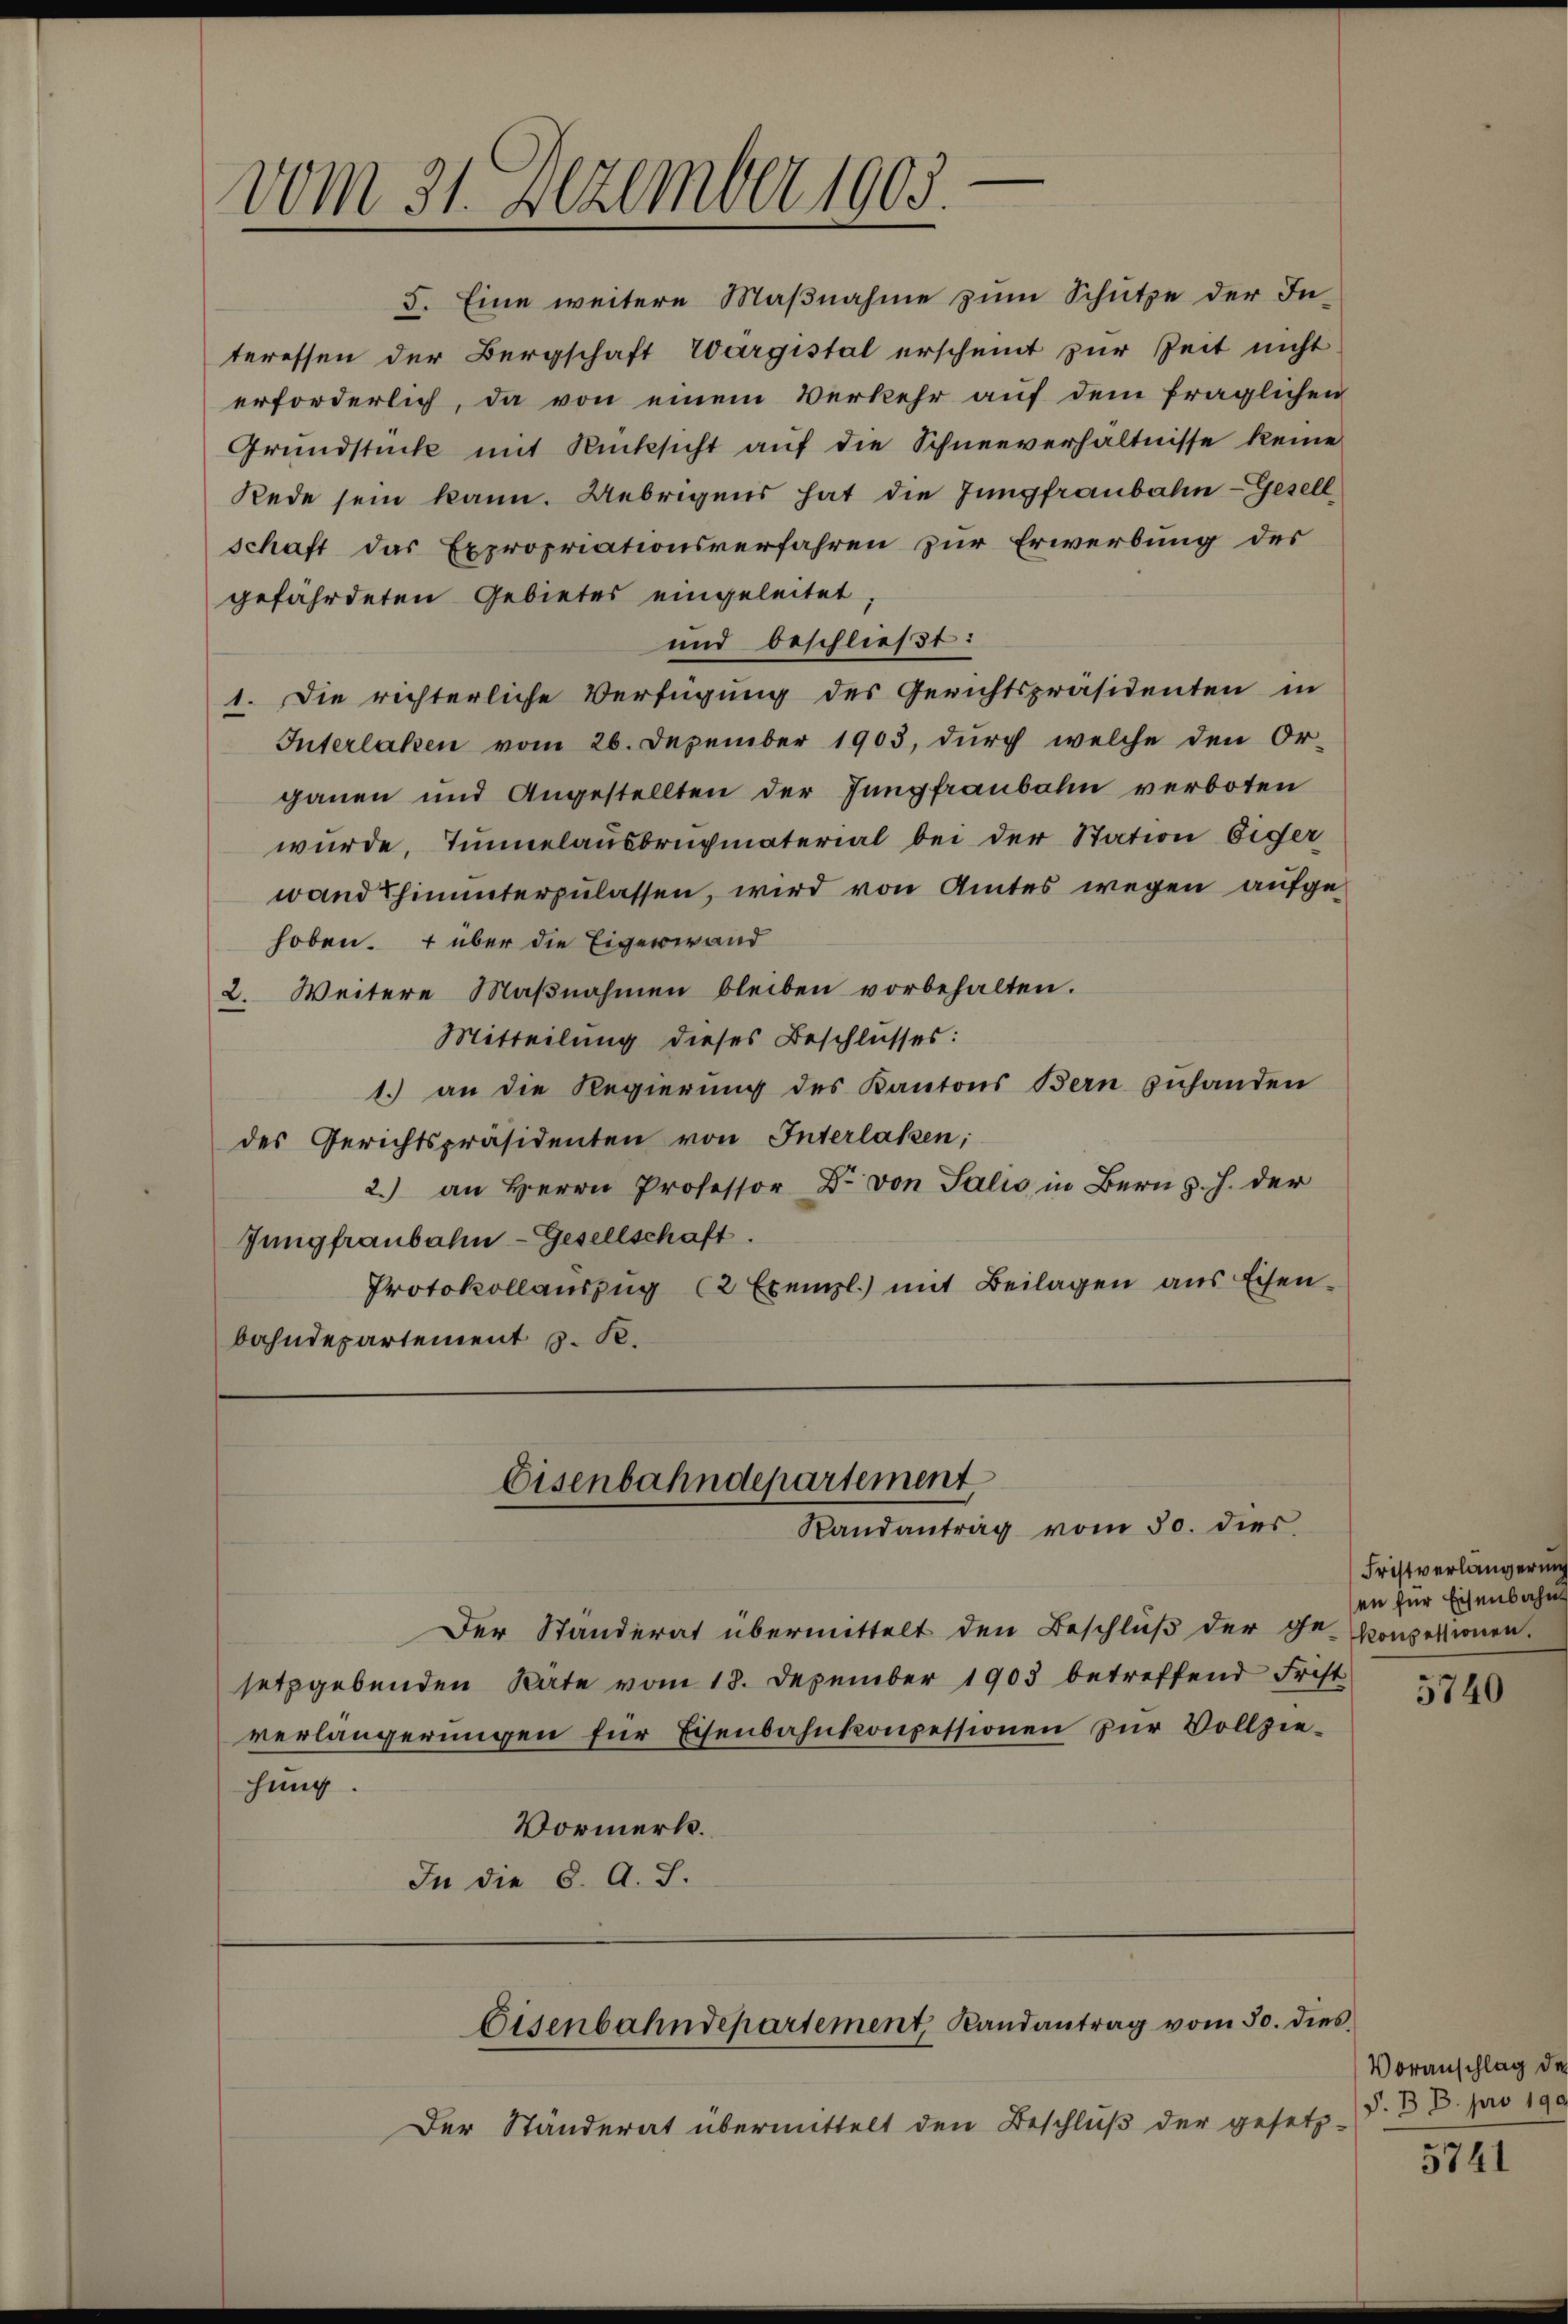
vom 31. Dezember 1905.

5. Eine weitere Maßnahme zum Schütze der Interessen der Bergschaft Wärgstal erscheint zur Zeit nicht
erforderlich, da von einem Verkehr auf dem fraglichen
Grŭndstücke mit Rücksicht aŭf die Schneeverhältnisse keine
Rede sein kann. Uebrigens hat die Jungfraubahn - Gesellschaft das Expropriationsverfahren zur Erwerbung des
gefährdeten Gebietes eingeleitet
und beschließt:
1. Die richterliche Verfügung des Gerichtspräsidenten in
Interlaken vom 26. Dezember 1903, durch welche den Or-
ganen und Angestellten der Jungfraubahn verboten
wurde. Tunnelausbruchmaterial bei der Station Eiger
wand Thinunterzulassen, wird von Amtes wegen aufgehoben. + über die Eigerwand
2. Weitere Maβnahmen bleiben vorbehalten.
Mitteilung dieses Beschlusses:
1. an die Regierung des Kantons Bern zuhanden
des Gerichtspräsidenten von Interlassen;
2.) an Herrn Professor Dr. von Talić in Bern d. h. der
Jungfraubahn-Gesellschaft.
Protokollauszug (2 Exempl.) mit Beilagen aus Eisenbahndepartement J. R.

Der Standerat übermittelt den Beschluß der Ge- Konzessionen.
setzgebenden Räte vom 18. Dezember 1903 betreffend Frist
verlängerŭngen für Eisenbahnkonpessionen zur Vollzie-
hung.
Vormerk.
In die 8. A. S.

Eisenbahndepartement
Randantrag vom 30. dies

Eisenbahndepartement, Randantrag vom 30. dies

Der Ständerat übermittelt den Beschluß der gesetz-

Fristverlängerin
en für Eisenbahn

5740

Voranschlag der
P. B. B. pro 190

5741